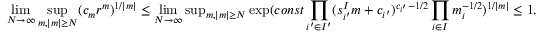
\operatorname* { l i m } _ { N \to \infty } \operatorname* { s u p } _ { m , | m | \ge N } ( c _ { m } r ^ { m } ) ^ { 1 / | m | } \le \operatorname* { l i m } _ { N \to \infty } \mathrm { s u p } _ { m , | m | \ge N } \exp ( c o n s t \prod _ { i ^ { \prime } \in I ^ { \prime } } ( s _ { i ^ { \prime } } ^ { I } m + c _ { i ^ { \prime } } ) ^ { c _ { i ^ { \prime } } - 1 / 2 } \prod _ { i \in I } m _ { i } ^ { - 1 / 2 } ) ^ { 1 / | m | } \le 1 .